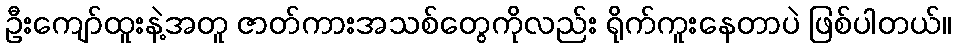
ဦးကျော်ထူးနဲ့အတူ ဇာတ်ကားအသစ်တွေကိုလည်း ရိုက်ကူးနေတာပဲ ဖြစ်ပါတယ်။